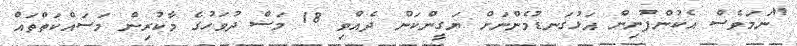
"ނަމަވެސް އެކުންފުނިން އަޅުގަނޑުމެންނަށް ޔަގީންކަން ދެއްވި 18 މަސް ދުވަހުގެ މާކުރިން މަސައްކަތްތައް